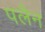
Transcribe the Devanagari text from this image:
पलैन